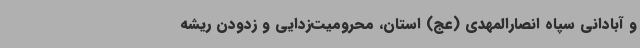
و آبادانی سپاه انصارالمهدی (عج) استان، محرومیت‌زدایی و زدودن ریشه